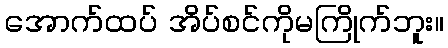
အောက်ထပ် အိပ်စင်ကိုမကြိုက်ဘူး။